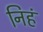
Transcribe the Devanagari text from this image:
निहं